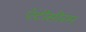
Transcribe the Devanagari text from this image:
ऐंटीसीरम